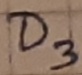
Text: D3